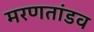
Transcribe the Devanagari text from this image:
मरणतांडव